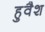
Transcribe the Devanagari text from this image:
हुवैश